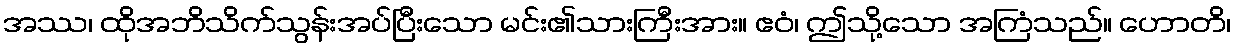
အဿ၊ ထိုအဘိသိက်သွန်းအပ်ပြီးသော မင်း၏သားကြီးအား။ ဧဝံ၊ ဤသို့သော အကြံသည်။ ဟောတိ၊